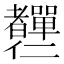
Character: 𦓍